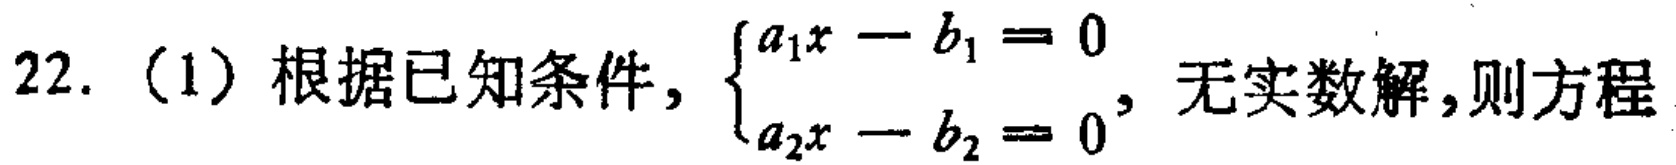
22.（1）根据已知条件，\(\begin{cases}a_{1}x - b_{1} = 0\\a_{2}x - b_{2} = 0\end{cases}\)，无实数解，则方程